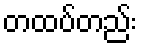
တထပ်တည်း